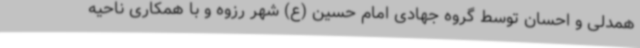
همدلی و احسان توسط گروه جهادی امام حسین (ع) شهر رزوه و با همکاری ناحیه